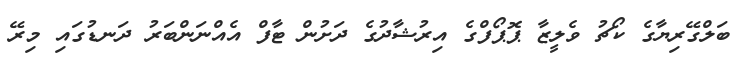
ބަލްގޭރިޔާގެ ކޯޗު ވެލީޒާ ޕޮޕޯފްގެ އިރުޝާދުގެ ދަށުން ޓާފް އެއްނަންބަރު ދަނޑުގައި މިރޭ